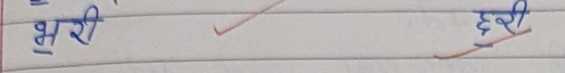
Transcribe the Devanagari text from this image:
भरी छरी